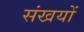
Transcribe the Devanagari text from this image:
संखयों